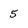
Character: 5